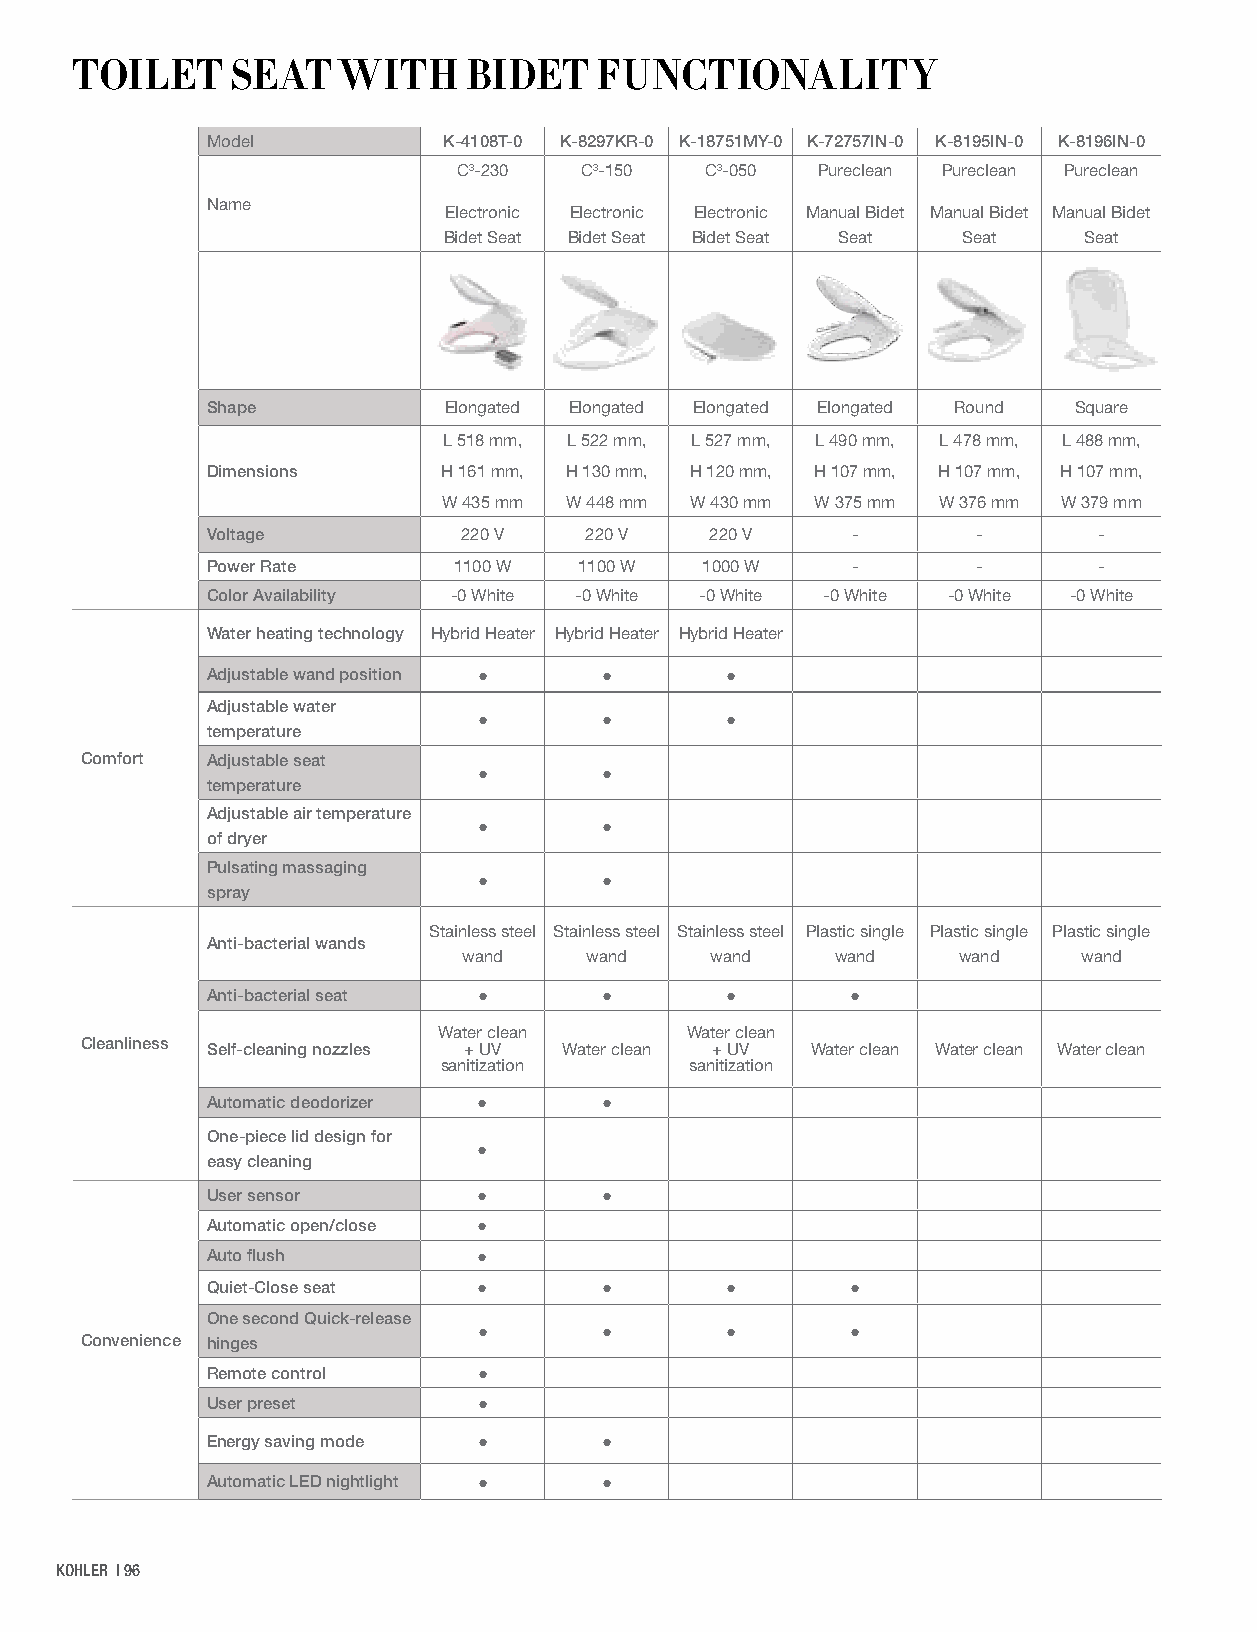
TOILET    SEAT    WITH    BIDET    FUNCTIONALITY
 Model          K-4108T-0 K-8297KR-0 K-18751MY-0 K-72757IN-0 K-8195IN-0 K-8196IN-0
 C3-230  C3-150   C3-050 Pureclean Pureclean Pureclean
 Name
 Electronic Electronic Electronic Manual Bidet Manual Bidet Manual Bidet
 Bidet Seat Bidet Seat Bidet Seat Seat Seat Seat
 Shape          Elongated Elongated Elongated Elongated Round Square
 L 518 mm, L 522 mm, L 527 mm, L 490 mm, L 478 mm, L 488 mm,
 Dimensions     H 161 mm, H 130 mm, H 120 mm, H 107 mm, H 107 mm, H 107 mm,
 W 435 mm W 448 mm W 430 mm W 375 mm W 376 mm W 379 mm
 Voltage          220 V   220 V   220 V    -        -       -
 Power Rate      1100 W  1100 W  1000 W    -        -       -
 Color Availability -0 White -0 White -0 White -0 White -0 White -0 White
 Water heating technology Hybrid Heater Hybrid Heater Hybrid Heater
 Adjustable wand position ● ●      ●
 Adjustable water
 ●       ●       ●
 temperature
 Comfort  Adjustable seat
 ●       ●
 temperature
 Adjustable air temperature
 ●       ●
 of dryer
 Pulsating massaging
 ●       ●
 spray
 Stainless steel Stainless steel Stainless steel Plastic single Plastic single Plastic single
 Anti-bacterial wands
 wand    wand    wand    wand    wand     wand
 Anti-bacterial seat ●     ●       ●       ●
 Water clean     Water clean
 Cleanliness Self-cleaning nozzles + UV Water clean + UV Water clean Water clean Water clean
 sanitization     sanitization
 Automatic deodorizer ●    ●
 One-piece lid design for
 ●
 easy cleaning
 User sensor       ●       ●
 Automatic open/close ●
 Auto flush        ●
 Quiet-Close seat  ●       ●       ●       ●
 One second Quick-release
 ●       ●       ●       ●
 Convenience hinges
 Remote control    ●
 User preset       ●
 Energy saving mode ●      ●
 Automatic LED nightlight ● ●
 KOHLER | 96